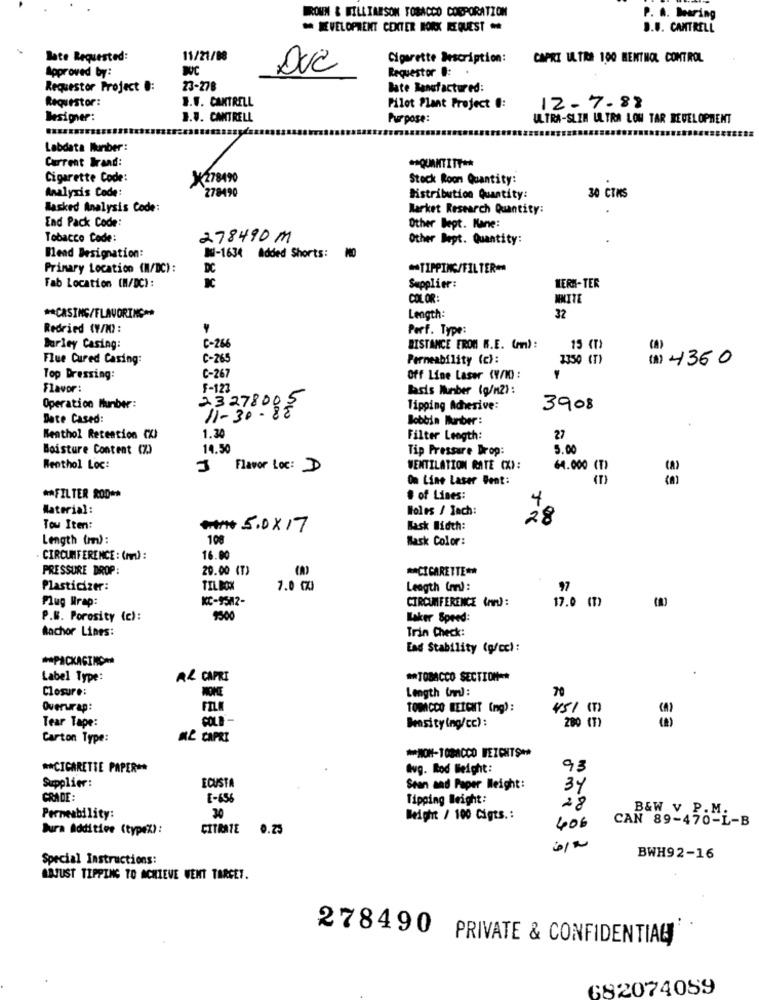
BROWN & BILLIARSON TOBACCO CORPORATION
P. A. Dearing
** DEVELOPMENT CENTER WORK REQUEST
B.U. CANTRELL
Bate Requested:
11/21/08
Cigarette Description:
CAPRI ULTRA 100 MENTHOL CONTROL
Approved by:
BC
DUC
Requestor :
Requestor Project .:
23-278
Bate Bensfactured:
Requestor:
B.F. CANTRELL
12.7-88
Pilot Plant Project .:
Designer:
B.9. CANTRELL
Purpose:
ULTRA-SLIN ULTRA LOW TAR DEVELOPMENT
Labdata Number:
Current Brand:
** QUANTITY **
Cigarette Code:
X278490
Stock Roon Quantity:
Analyzis Code:
278490
30 CTMS
Distribution Quantity:
Basked Analysis Code:
Market Research Quantity:
End Pack Code:
Other Bept. Kane:
Tobacco Code:
278490M
Other Dept. Quantity:
Blend Designation:
BU-1634 Added Shorts:
Primary Location (M/DC):
DC
** TIPPING/FILTER=
Fab Location (N/DC):
Supplier:
WERN-TER
COLOR:
WHITE
32
** CASING/FLAVORING **
Length:
Redried (V/M) :
Perf. Type:
C-266
Barley Casing:
BISTANCE FROM W.E. (mm):
15 (T)
(a)
Flue Cured Casing:
C-265
Permeability (c):
2350 (T)
(1) 4360
C-267
Top Dressing:
Off Line Laser (V/10 :
Flavor :
F-123
lads Number (g/n2):
2327800
Operation Hunber:
11-30-88
Tipping Adhesive:
3908
Date Cased:
Bobbin Burber:
Nenthol Retention CXI
1.30
Filter Length:
27
Boisture Content (%)
14.50
Tip Pressure Drop:
5.00
Wenthol Loc:
Flavor Loc: D
VENTILATION RATE (X):
64.000 (T)
(A)
On Line Laser Bent:
** FILTER 200 **
# of Lines:
4
Material:
Boles / Jach:
28
Tow Iten:
*+ 5.0x17
Bask Width:
Length (mm):
100
Bask Color:
CIRCUMFERENCE : (A) :
16.00
PRESSURE DROP:
20.00 (T)
** CIGARETTE **
Plasticizer:
TIL BOX
7.0 (X)
Length (nr):
97
Plug Wrap:
KC-9542-
CIRCUMFERENCE (rn):
17.0 (T)
P.M. Porosity (c):
9500
Kaker Speed:
Machor Lines:
Trin Check:
Ead Stability (g/cc):
** PACKAGING-
Label Type:
A& CAPRI
** TOBACCO SECTION **
Closure:
Length (rm) :
70
Overwrap:
FILM
TOBACCO BEICHT (mg) :
451 (1)
Tear Tape:
COLD'-
280 (7)
Density ing/cc) :
Carton Type:
NL CAPRI
** CIGARETTE PAPER **
avg. Rod Weight:
93
ECUSTA
Supplier:
Sean and Paper Weight:
34
GRADE:
[-656
Tipping Weight:
30
28
Permeability:
Weight / 100 Cigts .:
CAN 89-470-L-B
B&W V P. M.
Dura Additive (typex):
CITRATE 0.25
406
Special Instructions:
BWH92-16
ADJUST TIPPING TO ACHIEVE WENT TARGET.
278490 PRIVATE & CONFIDENTIAL
682074059